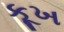
કૂખ